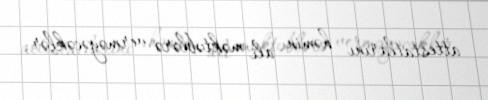
attestatlarını həmin ali məktəblərə verməyəcəklər.